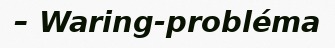
– Waring-probléma